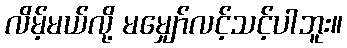
လိမ့်မယ်လို့ မမျှော်လင့်သင့်ပါဘူး။